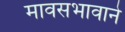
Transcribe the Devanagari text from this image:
मावसभावाने